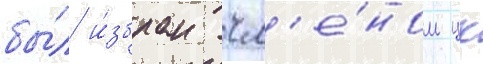
бы́л и́збран чл'е́ном цк